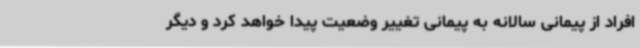
افراد از پیمانی سالانه به پیمانی تغییر وضعیت پیدا خواهد کرد و دیگر